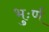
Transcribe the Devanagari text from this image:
भुःर्ण